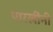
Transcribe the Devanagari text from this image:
पारखींनी